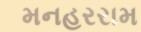
મનહરરામ